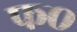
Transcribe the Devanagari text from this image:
फ०